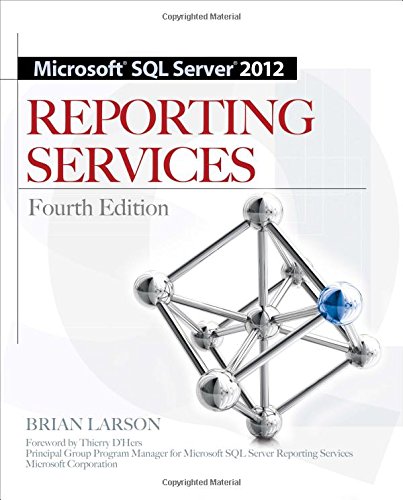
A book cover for Microsoft SQL Server 2012 Reporting Services 4/E; Brian Larson; Computers & Technology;